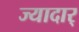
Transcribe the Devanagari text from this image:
ज्यादार्